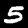
Label: 5